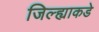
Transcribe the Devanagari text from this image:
जिल्ह्याकडे